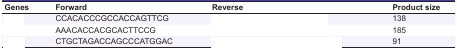
<table><thead><tr><td><b>Genes</b></td><td><b>Forward</b></td><td><b>Reverse</b></td><td><b>Product size</b></td></tr></thead><tbody><tr><td>[EMPTY_CELL]</td><td> CCACACCCGCCACCAGTTCG </td><td>[EMPTY_CELL]</td><td> 138 </td></tr><tr><td>[EMPTY_CELL]</td><td> AAACACCACGCACTTCCG </td><td>[EMPTY_CELL]</td><td> 185 </td></tr><tr><td>[EMPTY_CELL]</td><td> CTGCTAGACCAGCCCATGGAC </td><td>[EMPTY_CELL]</td><td> 91 </td></tr></tbody></table>